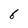
Character: 6